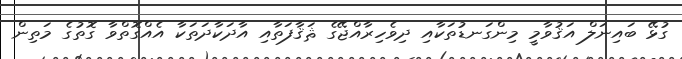
ގުޅޭ ބައިނަލް އަޤުވާމީ މިންގަނޑުތަކާއި ދިވެހިރާއްޖޭގެ ޘަޤާފަތާއި އާދަކާދަތަކާ އެއްގޮތްވާ ގޮތުގެ މަތިން